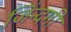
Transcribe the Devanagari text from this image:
जिंन्दगी